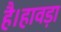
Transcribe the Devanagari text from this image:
है।हावड़ा